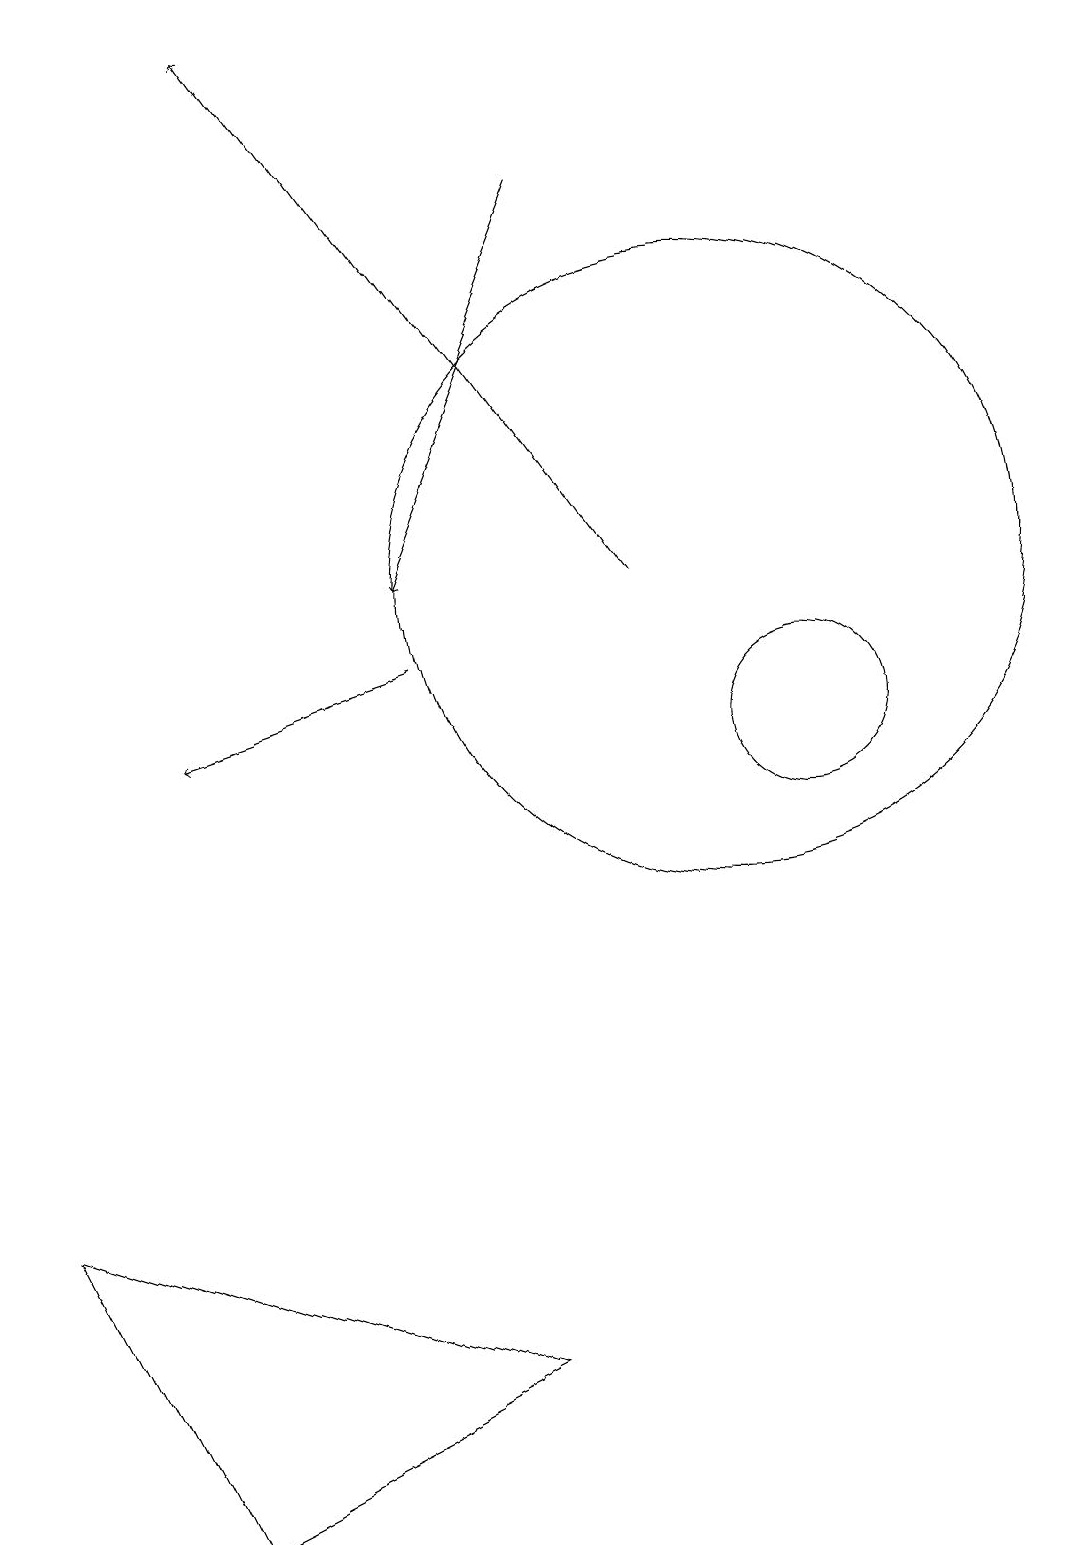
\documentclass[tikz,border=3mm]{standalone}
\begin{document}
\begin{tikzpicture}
\draw[->] (8,17) -- (6,12);
\draw (1,4) -- (3,0) -- (7,2) -- cycle;
\draw[->] (9,12) -- (4,19);
\draw (10,12) circle (4);
\draw[->] (6,11) -- (3,10);
\draw (11,10) circle (1);
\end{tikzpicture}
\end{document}